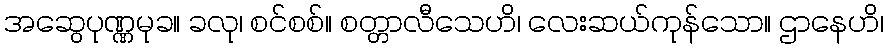
အဆွေပုဏ္ဏမုခ။ ခလု၊ စင်စစ်။ စတ္တာလီသေဟိ၊ လေးဆယ်ကုန်သော။ ဌာနေဟိ၊